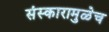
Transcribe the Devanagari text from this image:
संस्कारामुळेच